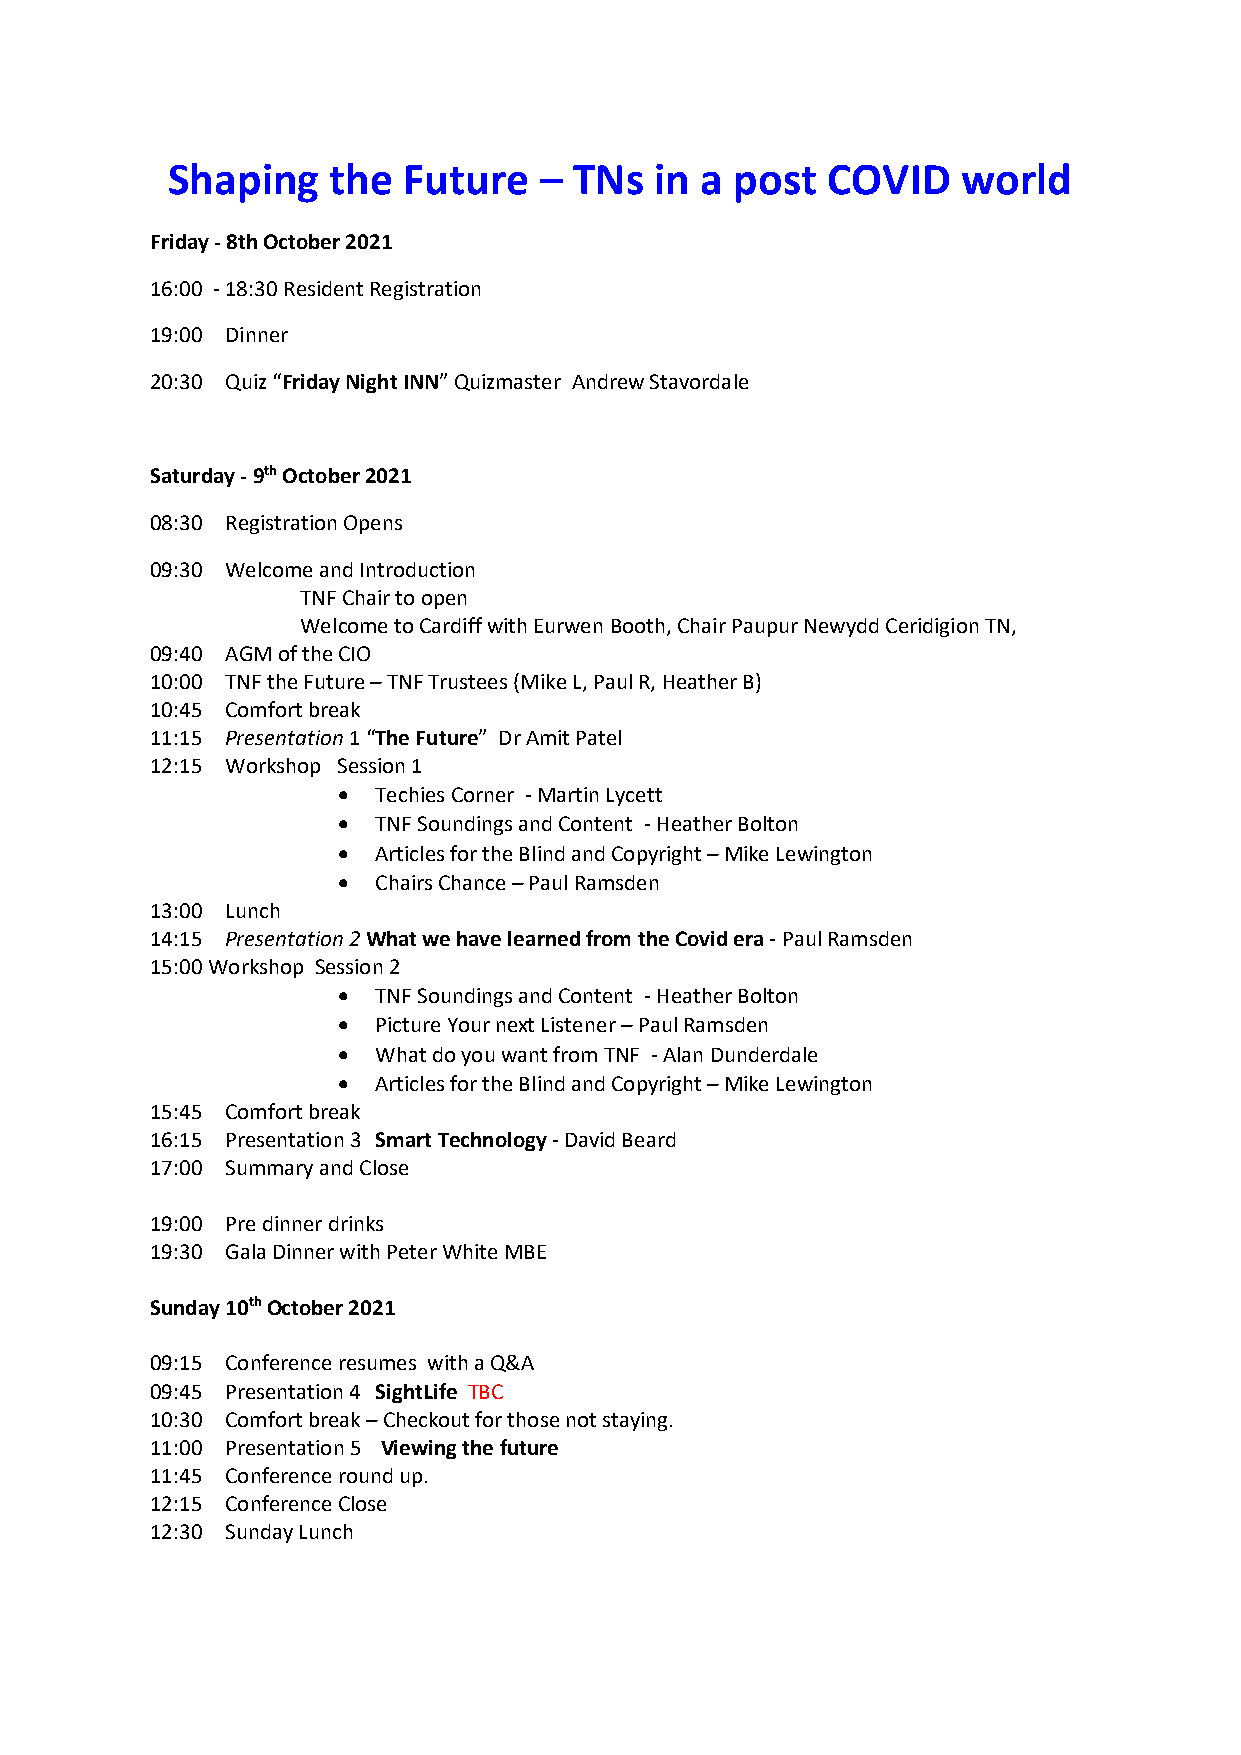
Shaping    the  Future   – TNs  in a  post  COVID    world
 Friday - 8th October 2021
 16:00 - 18:30 Resident Registration
 19:00 Dinner
 20:30 Quiz “Friday Night INN” Quizmaster Andrew Stavordale
 Saturday - 9th October 2021
 08:30 Registration Opens
 09:30 Welcome and Introduction
 TNF Chair to open
 Welcome to Cardiff with Eurwen Booth, Chair Paupur Newydd Ceridigion TN,
 09:40 AGM of the CIO
 10:00 TNF the Future – TNF Trustees (Mike L, Paul R, Heather B)
 10:45 Comfort break
 11:15 Presentation 1 “The Future” Dr Amit Patel
 12:15 Workshop Session 1
   Techies Corner - Martin Lycett
   TNF Soundings and Content - Heather Bolton
   Articles for the Blind and Copyright – Mike Lewington
   Chairs Chance – Paul Ramsden
 13:00 Lunch
 14:15 Presentation 2 What we have learned from the Covid era - Paul Ramsden
 15:00 Workshop Session 2
   TNF Soundings and Content - Heather Bolton
   Picture Your next Listener – Paul Ramsden
   What do you want from TNF - Alan Dunderdale
   Articles for the Blind and Copyright – Mike Lewington
 15:45 Comfort break
 16:15 Presentation 3 Smart Technology - David Beard
 17:00 Summary and Close
 19:00 Pre dinner drinks
 19:30 Gala Dinner with Peter White MBE
 Sunday 10th October 2021
 09:15 Conference resumes with a Q&A
 09:45 Presentation 4 SightLife TBC
 10:30 Comfort break – Checkout for those not staying.
 11:00 Presentation 5 Viewing the future
 11:45 Conference round up.
 12:15 Conference Close
 12:30 Sunday Lunch